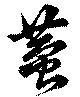
蛬